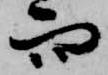
而